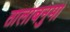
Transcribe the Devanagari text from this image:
तालाबनुमा